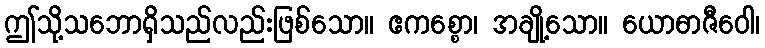
ဤသို့သဘောရှိသည်လည်းဖြစ်သော။ ဧကစ္စော၊ အချို့သော။ ယောဓာဇီဝေါ၊